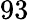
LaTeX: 93